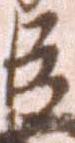
臣